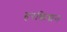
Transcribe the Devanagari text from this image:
हरक्रिशन